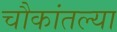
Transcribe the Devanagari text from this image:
चौकांतल्या